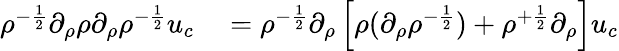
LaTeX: \begin{array}{rl}{\rho^{-\frac 12}\partial_{\rho}\rho\partial_{\rho}\rho^{-\frac 12}u_{c}}&{{}=\rho^{-\frac 12}\partial_{\rho}\left[\rho(\partial_{\rho}\rho^{-\frac 12})+\rho^{+\frac 12}\partial_{\rho}\right]u_{c}}\end{array}